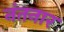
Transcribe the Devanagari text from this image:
नंतनार